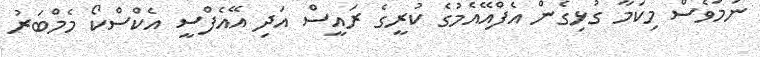
ނަމަވެސް މިކަމާ ގުޅިގެން އެފްއޭއެމުގެ ކުރީގެ ރައީސް އަދި އޭއެފްސީ އެކްސްކޯ މެމްބަރު